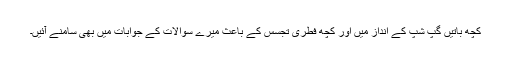
کچھ باتیں گپ شپ کے انداز میں اور کچھ فطری تجسس کے باعث میرے سوالات کے جوابات میں بھی سامنے آئیں۔